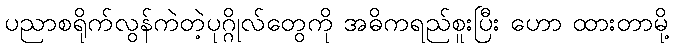
ပညာစရိုက်လွန်ကဲတဲ့ပုဂ္ဂိုလ်တွေကို အဓိကရည်စူးပြီး ဟော ထားတာမို့